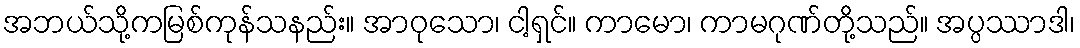
အဘယ်သို့ကမြစ်ကုန်သနည်း။ အာဝုသော၊ ငါ့ရှင်။ ကာမော၊ ကာမဂုဏ်တို့သည်။ အပ္ပဿာဒါ၊